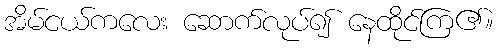
အိမ်ငယ်ကလေး ဆောက်လုပ်၍ နေထိုင်ကြ၏။